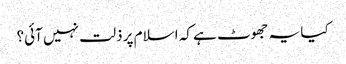
کیا یہ جھوٹ ہے کہ اسلام پر ذلت نہیں آئی؟